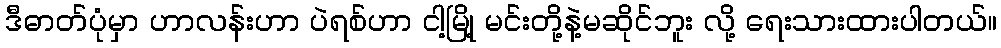
ဒီဓာတ်ပုံမှာ ဟာလန်းဟာ ပဲရစ်ဟာ ငါ့မြို့ မင်းတို့နဲ့မဆိုင်ဘူး လို့ ရေးသားထားပါတယ်။